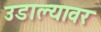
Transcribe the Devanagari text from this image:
उडाल्यावर